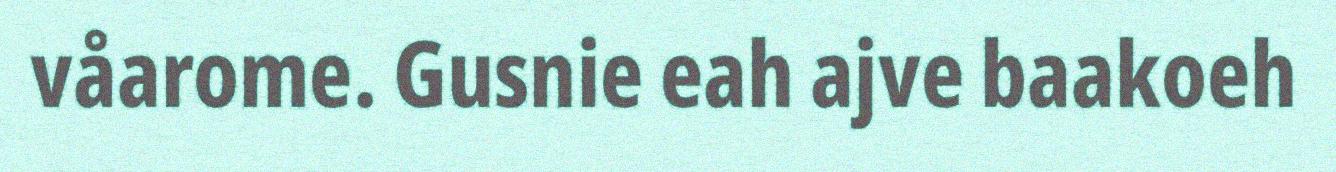
våarome. Gusnie eah ajve baakoeh